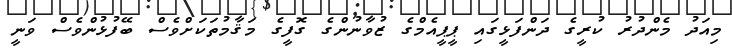
މިއަދު މެންދުރު ކުރީގެ ދަންފަޅީގައި ޕީޕީއެމްގެ ޒުވާނުންގެ ގޮފީގެ މަޤާމުތަކަށްވެސް ބޭފުޅުންވެސް ވަނީ